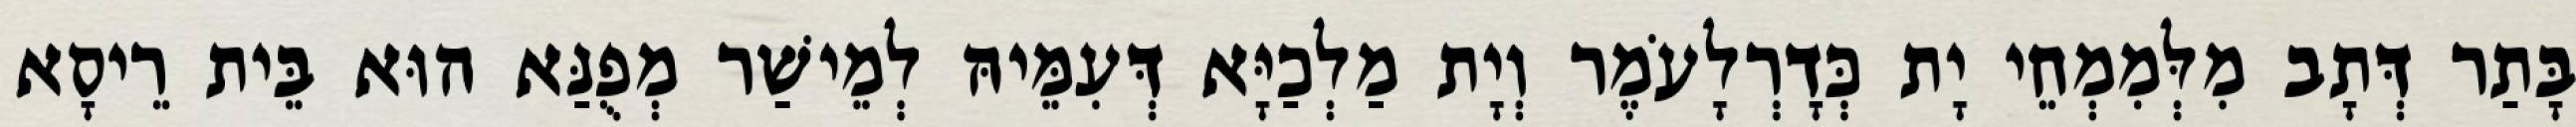
בָּתַר דְּתָב מִלְּמִמְחֵי יָת כְּדָרְלָעֹמֶר וְיָת מַלְכַיָּא דְּעִמֵּיהּ לְמֵישַׁר מְפֻנַּא הוּא בֵּית רֵיסָא